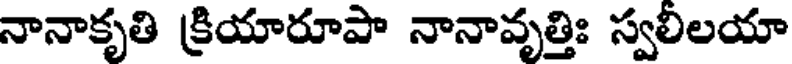
నానాకృతి క్రియారూపా నానావృత్తిః స్వలిలయా